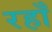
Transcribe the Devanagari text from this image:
रहाँ